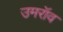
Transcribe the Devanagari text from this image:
उमरॉव